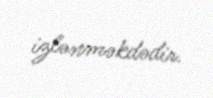
izlənməkdədir.